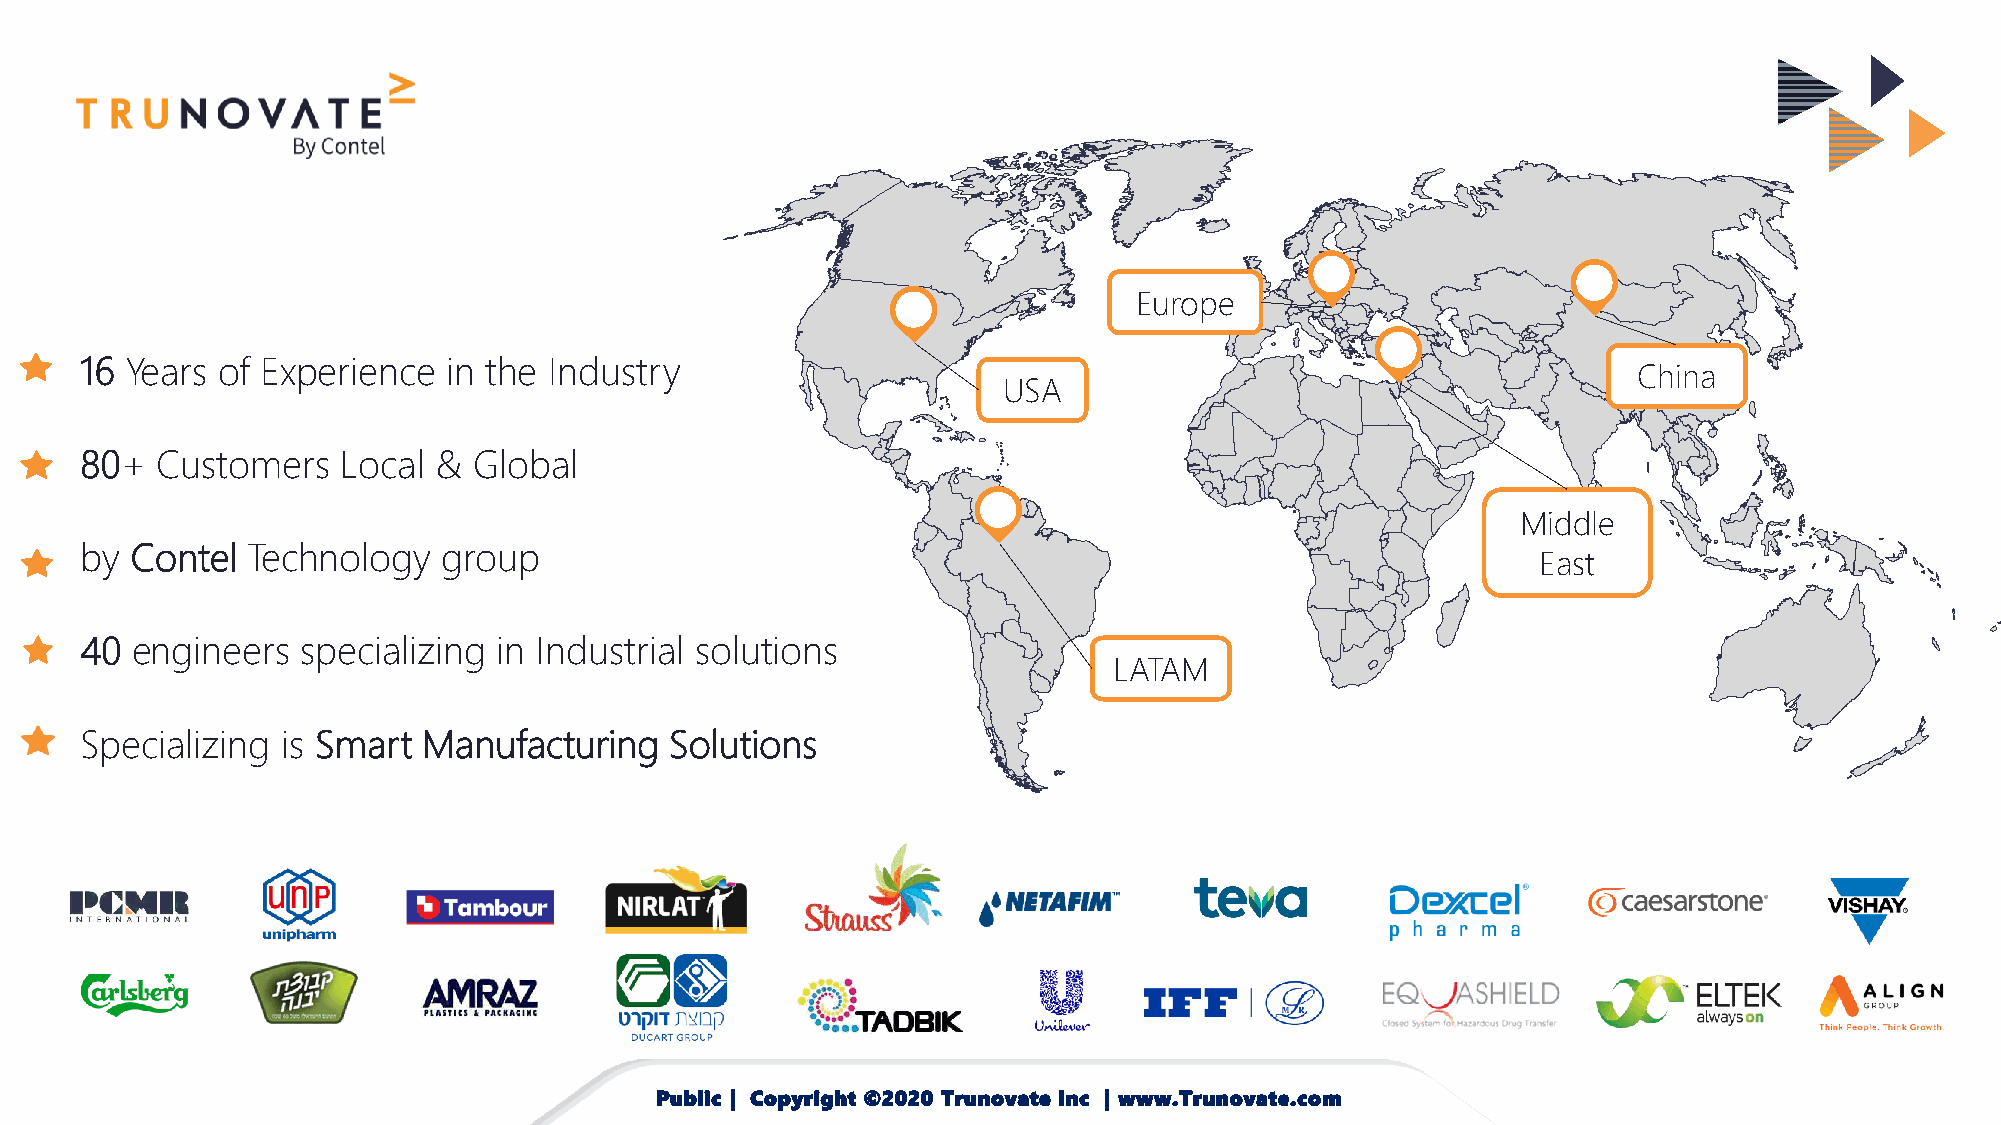
Europe
 16 Years of Experience   in the Industry
 China
 USA
 80+  Customers    Local & Global
 Middle
 by  Contel Technology   group
 East
 40  engineers  specializing in Industrial solutions
 LATAM
 Specializing  is Smart Manufacturing   Solutions
 Public | Copyright ©2020 Trunovate Inc | www.Trunovate.com